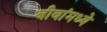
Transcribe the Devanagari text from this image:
जीवांमध्ये